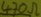
Text: 470Ω